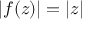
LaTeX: | f ( z ) | = | z |